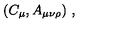
( C _ { \mu } , A _ { \mu \nu \rho } ) \ ,